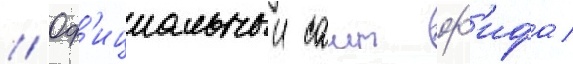
// Оф'ициальныи саит ф'ифа